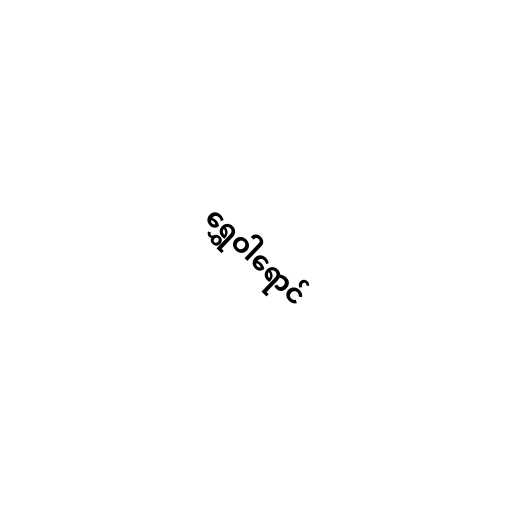
ရွှေဝါရောင်